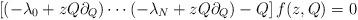
LaTeX: \begin{align*} \left[(-\lambda_0 + z Q \partial_Q) \cdots (- \lambda_N + z Q \partial_Q) - Q\right] f(z,Q) = 0 \end{align*}